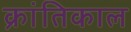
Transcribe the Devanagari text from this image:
क्रांतिकाल